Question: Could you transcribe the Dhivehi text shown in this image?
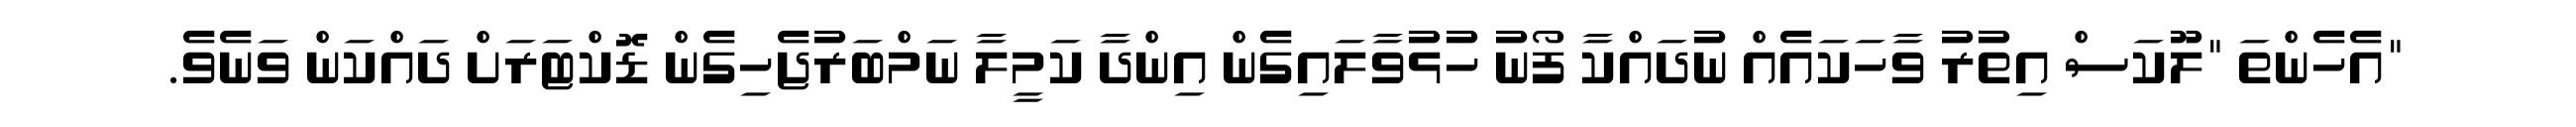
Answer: "އެހެންތަ "ލޫކަސް އިތުރު ވާހަކައެއް ނުދައްކާ ފޯނު ހުޅުވާލައިގެން އިންދާ ކަމީލާ ނަމްބަރުޖެހިގެން ޑޮކްޓަރަށް ދައްކަން ވަނެވެ.